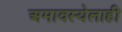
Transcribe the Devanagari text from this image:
अमावस्येलाही